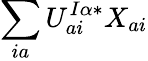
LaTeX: \sum_{ia}U_{ai}^{I\alpha*}X_{ai}